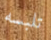
تلبسه